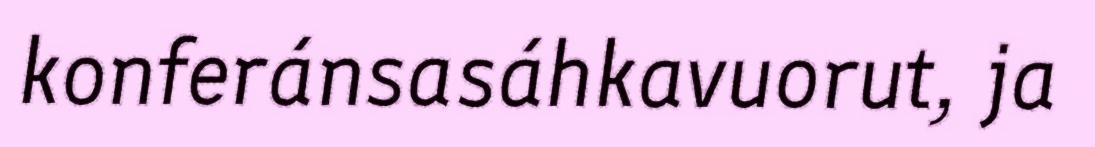
konferánsasáhkavuorut, ja